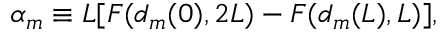
{ \alpha } _ { m } \equiv L [ { \cal F } ( d _ { m } ( 0 ) , 2 L ) - { \cal F } ( d _ { m } ( L ) , L ) ] ,